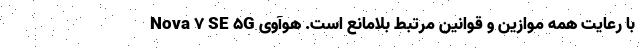
با رعایت همه موازین و قوانین مرتبط بلامانع است. هوآوی Nova 7 SE 5G